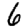
Digit: 6